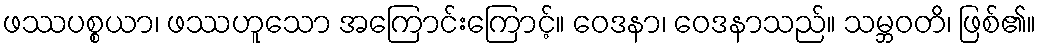
ဖဿပစ္စယာ၊ ဖဿဟူသော အကြောင်းကြောင့်။ ဝေဒနာ၊ ဝေဒနာသည်။ သမ္ဘဝတိ၊ ဖြစ်၏။